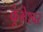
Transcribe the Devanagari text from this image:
कुंभेश्वर